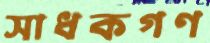
সাধকগণ